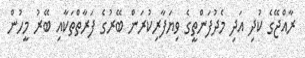
ރާއްޖޭގެ ކުދި އަދި މެދުފަންތީގެ ވިޔަފާރިކުރަން ބޭރުގެ ފަރާތްތަކާއި ބޭރު މީހުން